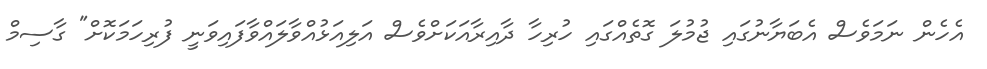
އެހެން ނަމަވެސް އެބަޔާނުގައި ޖުމުލަ ގޮތެއްގައި ހުރިހާ ދާއިރާއަކަށްވެސް އަލިއަޅުއްވާލައްވާފައިވަނީ ފުރިހަމަކޮށް" ގާސިމް